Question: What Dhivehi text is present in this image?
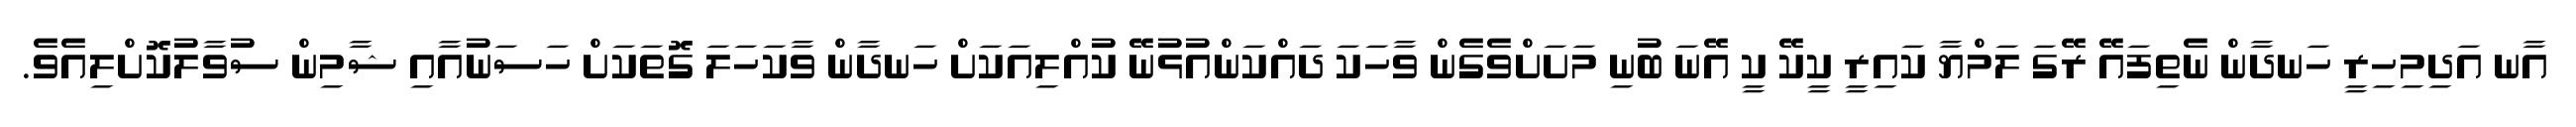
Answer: އާނ އަދިމިހިރީ ހަނދާން ނެތިފައޭ ރޭގަ ލަމްޔާ ކައިރީ ކީކޭ ކީ އޭނަ ބުނި މަށަށްވެގެން ވާހަކަ ދައްކަންއުޅުނޭ ކުއްލިއަކަށް ހަނދާން ވާކަހަލަ ގޮތަކަށް ހަސަނުއާއި ޝާމިން ސުވާލުކޮށްލިއެވެ.